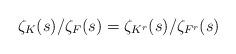
LaTeX: \begin{align*}\zeta_K(s)/\zeta_F(s)=\zeta_{K^r}(s)/\zeta_{F^r}(s)\end{align*}